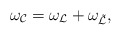
\begin{align*}\omega_{\cal C}=\omega_{\cal L} + \omega_{\tilde {\cal L}},\end{align*}